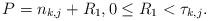
LaTeX: \begin{align*}P=n_{k,j}+R_1, 0\leq R_1< \tau_{k,j}.\end{align*}